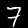
Digit: 7